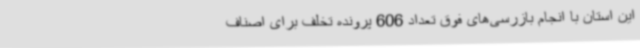
این استان با انجام بازرسی‌های فوق تعداد 606 پرونده تخلف برای اصناف